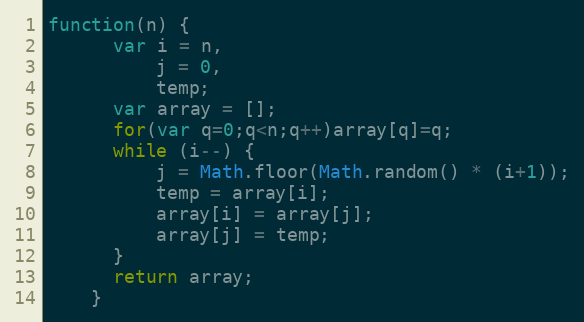
Language: JavaScript
function(n) {
      var i = n,
          j = 0,
          temp;
      var array = [];
      for(var q=0;q<n;q++)array[q]=q;
      while (i--) {
          j = Math.floor(Math.random() * (i+1));
          temp = array[i];
          array[i] = array[j];
          array[j] = temp;
      }
      return array;
    }